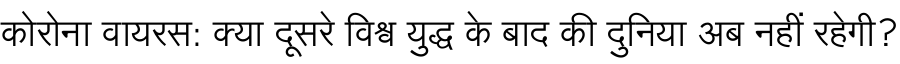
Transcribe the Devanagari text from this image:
कोरोना वायरस: क्या दूसरे विश्व युद्ध के बाद की दुनिया अब नहीं रहेगी?